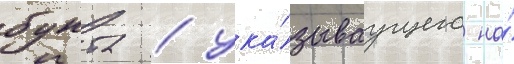
бунта / ука́зываущего на́